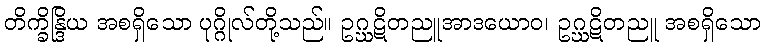
တိက္ခိန္ဒြိယ အစရှိသော ပုဂ္ဂိုလ်တို့သည်။ ဥဂ္ဃဋိတညူအာဒယောဝ၊ ဥဂ္ဃဋိတညူ အစရှိသော